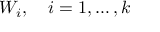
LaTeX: W _ { i } , \quad i = 1 , \dots , k